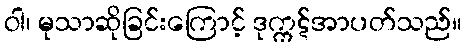
ဝါ၊ မုသာဆိုခြင်းကြောင့် ဒုက္ကဋ်အာပတ်သည်။